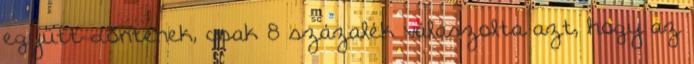
együtt döntenek, csak 8 százalék válaszolta azt, hogy az